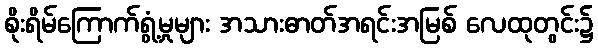
စိုးရိမ်ကြောက်ရွံ့မှုများ အသားဓာတ်အရင်းအမြစ် လေထုတွင်း၌